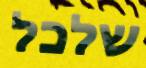
שלכל